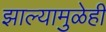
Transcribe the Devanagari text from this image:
झाल्यामुळेही